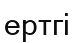
ертгі